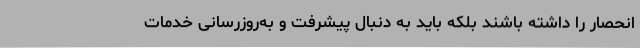
انحصار را داشته باشند بلکه باید به دنبال پیشرفت و به‌روزرسانی خدمات